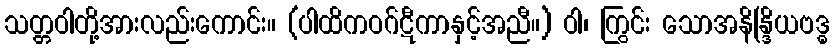
သတ္တဝါတို့အားလည်းကောင်း။ (ပါထိကဝဂ်ဋီကာနှင့်အညီ။) ဝါ၊ ကြွင်း သောအနိန္ဒြိယဗဒ္ဓ